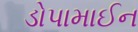
ડોપામાઈન